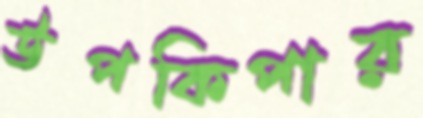
উপকিপার